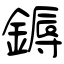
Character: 鎒